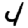
Digit: 4